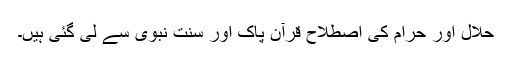
حلال اور حرام کی اصطلاح قرآن پاک اور سنت نبوی سے لی گئی ہیں۔